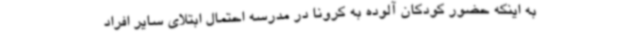
به اینکه حضور کودکان آلوده به کرونا در مدرسه احتمال ابتلای سایر افراد